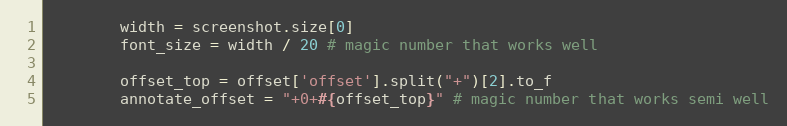
Language: Ruby
        width = screenshot.size[0]
        font_size = width / 20 # magic number that works well

        offset_top = offset['offset'].split("+")[2].to_f
        annotate_offset = "+0+#{offset_top}" # magic number that works semi well